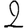
Digit: 2